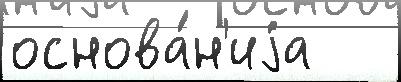
основа́н'иjа